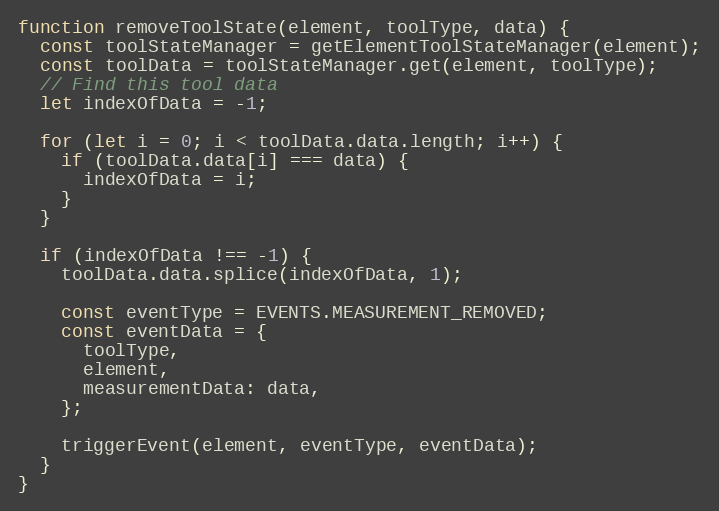
Language: JavaScript
function removeToolState(element, toolType, data) {
  const toolStateManager = getElementToolStateManager(element);
  const toolData = toolStateManager.get(element, toolType);
  // Find this tool data
  let indexOfData = -1;

  for (let i = 0; i < toolData.data.length; i++) {
    if (toolData.data[i] === data) {
      indexOfData = i;
    }
  }

  if (indexOfData !== -1) {
    toolData.data.splice(indexOfData, 1);

    const eventType = EVENTS.MEASUREMENT_REMOVED;
    const eventData = {
      toolType,
      element,
      measurementData: data,
    };

    triggerEvent(element, eventType, eventData);
  }
}